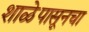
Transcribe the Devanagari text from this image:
शाळेपासूनचा